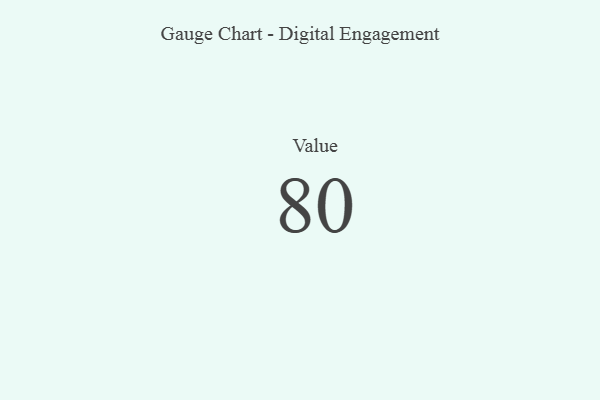
{"axis": {"x": "Metric", "y": "Value"}, "legend": [""], "data": [{"x": "Value", "y": 80, "type": ""}]}